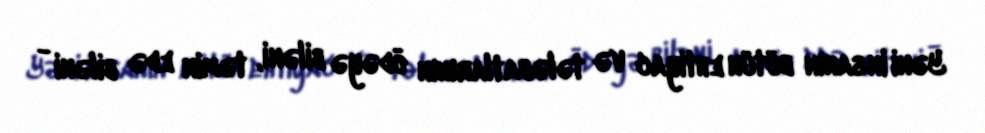
Yəni insanın bütün ehtiyac və tələbatlarının ödəyə biləni, təmin edə biləni -